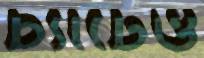
চ্যাটেও